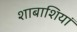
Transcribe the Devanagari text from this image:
शाबाशियां